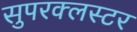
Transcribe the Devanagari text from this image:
सुपरक्‍लस्टर